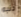
ذنبه